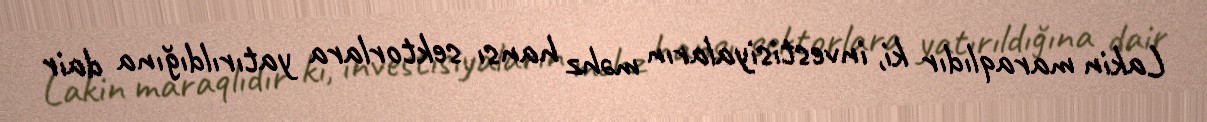
Lakin maraqlıdır ki, investisiyaların məhz hansı sektorlara yatırıldığına dair